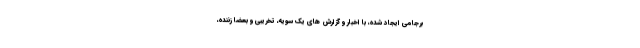
برجامي ايجاد شده، با اخبار و گزارش هاي يك سويه، تخريبي و بعضا زننده،